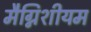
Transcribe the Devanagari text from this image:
मैग्निशीयम